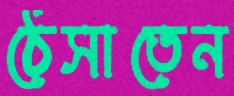
ঠেসাতেন